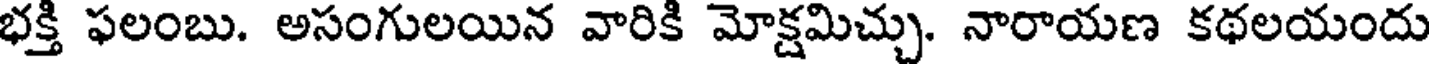
భక్తి ఫలంబు. అసంగులయిన వారికి మోక్షమిచ్చు. నారాయణ కథలయందు